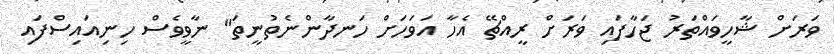
ވަރަށް ޝާހީވައްތަރު ޖަހާފައި ވަރަށް ރީއްޗޭ އެހާ އަވަހަށް ހަނދާންނެތުނީތަ" ނާވީވެސް ހިނިއައިސްފައި